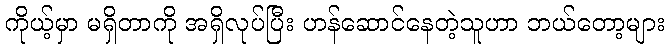
ကိုယ့်မှာ မရှိတာကို အရှိလုပ်ပြီး ဟန်ဆောင်နေတဲ့သူဟာ ဘယ်တော့များ